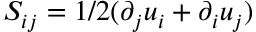
S _ { i j } = 1 / 2 ( \partial _ { j } u _ { i } + \partial _ { i } u _ { j } )